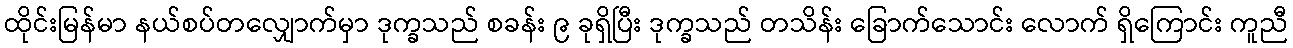
ထိုင်းမြန်မာ နယ်စပ်တလျှောက်မှာ ဒုက္ခသည် စခန်း ၉ ခုရှိပြီး ဒုက္ခသည် တသိန်း ခြောက်သောင်း လောက် ရှိကြောင်း ကူညီ